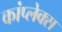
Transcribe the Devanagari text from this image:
कांप्लेक्स